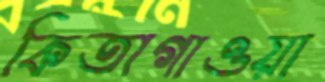
কিতাগাওয়া